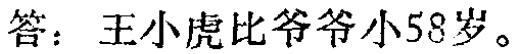
答：王小虎比爷爷小58岁。